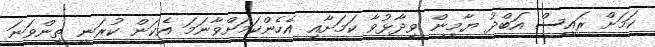
ކަމަށް ރައީސް އަބްދު ޔާމީން ވިދާޅުވާ ކަމަށާއި އެހެންކަމަށްވާނަމަ އެކަން ކުރަނީ ތިންވަނަ